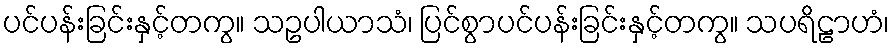
ပင်ပန်းခြင်းနှင့်တကွ။ သဥပါယာသံ၊ ပြင်စွာပင်ပန်းခြင်းနှင့်တကွ။ သပရိဠာဟံ၊